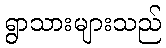
ရွာသားများသည်